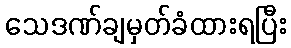
သေဒဏ်ချမှတ်ခံထားရပြီး